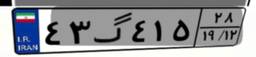
۶۸گ۴۱۴۲۲